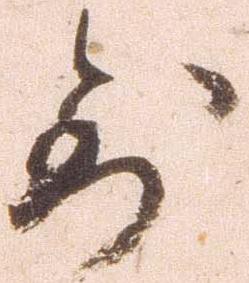
到